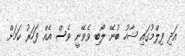
އަދި ފިލްމުގައި ޝާހު ބުނޭ ލޯބި ވެވޭނީ ވެސް އެއް ފަހަރު ކަމަށް